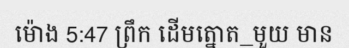
ម៉ោង 5:47 ព្រឹក ដើមត្នោត_មួយ មាន